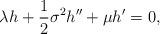
LaTeX: \begin{align*}\lambda h + \frac{1}{2}\sigma^2 h^{\prime\prime} + \mu h^\prime = 0,\end{align*}